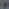
P